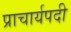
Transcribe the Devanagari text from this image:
प्राचार्यपदी